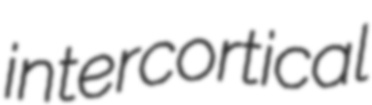
intercortical